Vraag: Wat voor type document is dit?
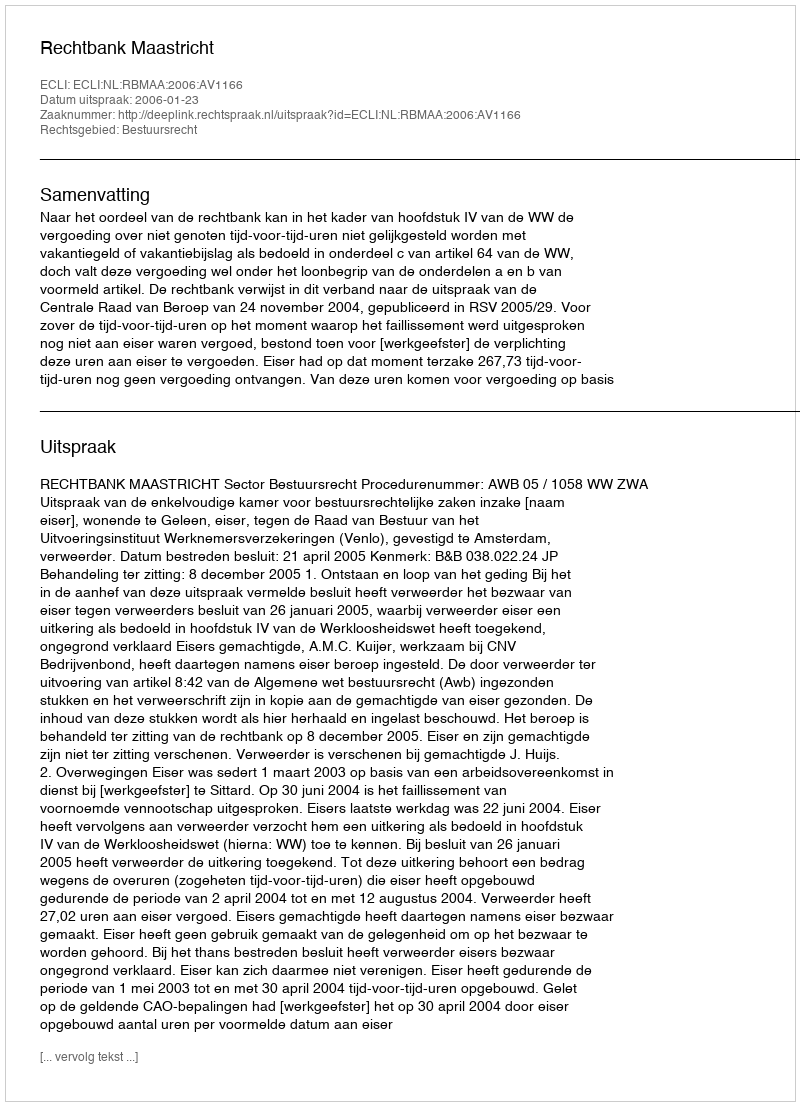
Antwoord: Uitspraak